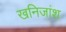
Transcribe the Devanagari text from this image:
खनिजांश